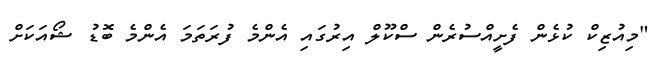
"މިއުޒިކް ކުޅެން ފެށީއްސުރެން ސްކޫލް އިރުގައި އެންމެ ފުރަތަމަ އެންމެ ބޮޑު ޝޯއަކަށް